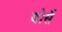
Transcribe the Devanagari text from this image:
बोर्से